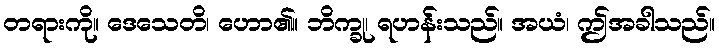
တရားကို။ ဒေသေတိ၊ ဟော၏။ ဘိက္ခု၊ ရဟန်းသည်။ အယံ၊ ဤအခါသည်။